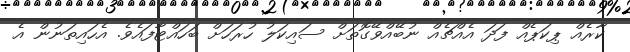
ކާރެއް ޕިކަޕެއް ފަދަ އެއްޗެއް ނުބޭއްވޭގޮތަށް ސައިކަލު ހުރަހަށް ބަހައްޓާފައެވެ. އެހައިތަނުން އެ